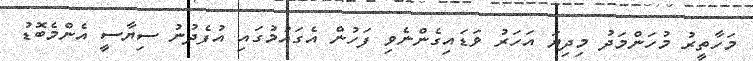
މަހާތީރު މުހަންމަދު މިދިޔަ އަހަރު ވަޑައިގެންނެވި ފަހުން އެގައުމުގައި އުފެދުނު ސިޔާސީ އެންމެބޮޑު